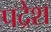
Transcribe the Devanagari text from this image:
पद्रेश